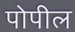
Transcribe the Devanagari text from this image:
पोपील